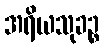
အရိယသုခဉ္စ